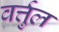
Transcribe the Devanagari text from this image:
वर्त्तुल